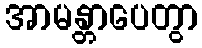
အာမန္တာပေတွာ